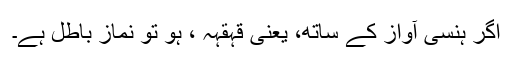
اگر ہنسی آواز کے ساتھ، یعنی قہقہہ ، ہو تو نماز باطل ہے۔